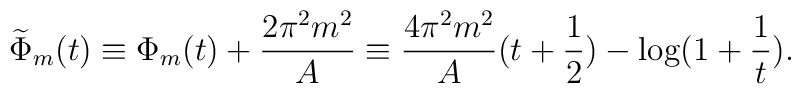
\widetilde{\Phi}_{m}(t) \equiv \Phi_{m}(t)+\frac{2 \pi^2 m^2 }{A}      \equiv    \frac{ 4 \pi^2 m^2}{A}(t+\frac{1}{2})-\log(1+\frac{1}{t}).